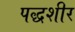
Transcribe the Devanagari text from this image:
पद्धशीर